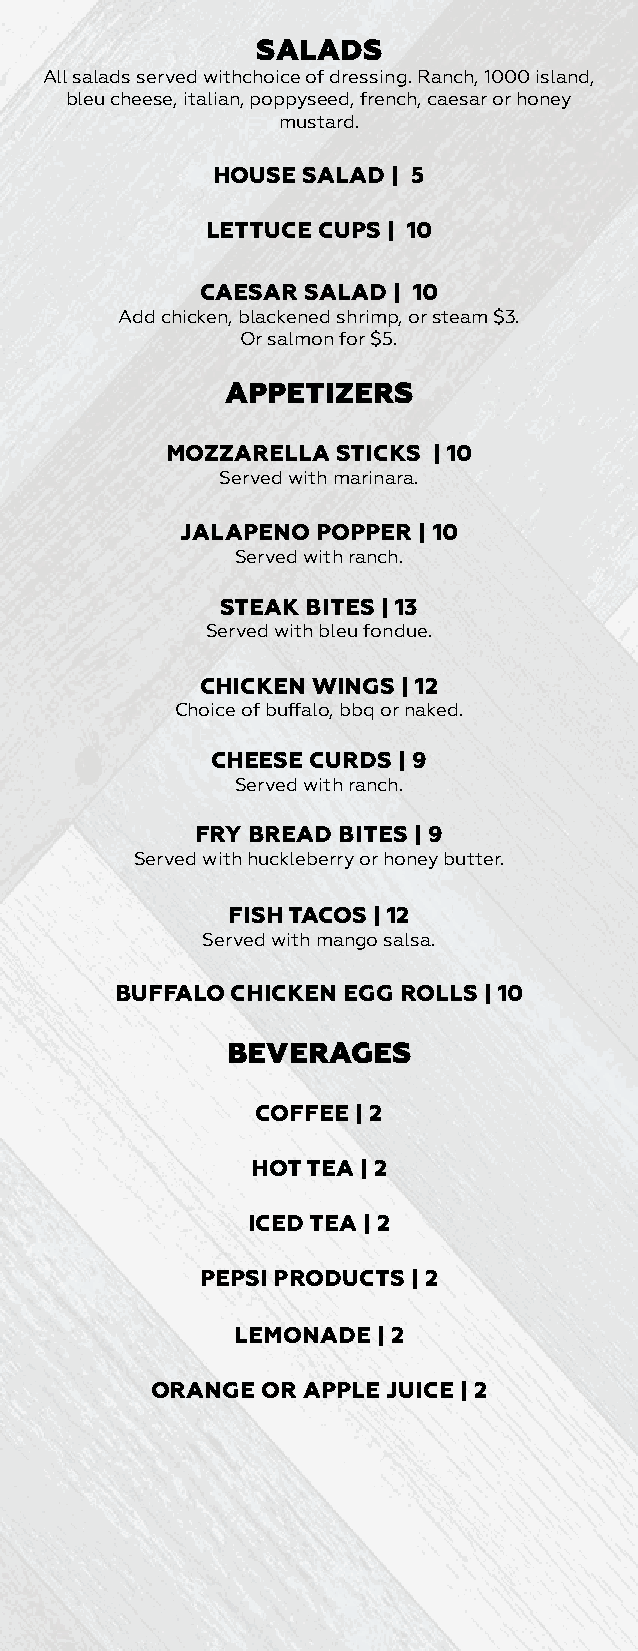
SALADS
 All salads served withchoice of dressing. Ranch, 1000 island,
 bleu cheese, italian, poppyseed, french, caesar or honey
 mustard.
 HOUSE SALAD | 5
 LETTUCE CUPS | 10
 CAESAR SALAD | 10
 Add chicken, blackened shrimp, or steam $3.
 Or salmon for $5.
 APPETIZERS
 MOZZARELLA STICKS | 10
 Served with marinara.
 JALAPENO POPPER | 10
 Served with ranch.
 STEAK BITES | 13
 Served with bleu fondue.
 CHICKEN WINGS | 12
 Choice of buffalo, bbq or naked.
 CHEESE CURDS | 9
 Served with ranch.
 FRY BREAD BITES | 9
 Served with huckleberry or honey butter.
 FISH TACOS | 12
 Served with mango salsa.
 BUFFALO CHICKEN EGG ROLLS | 10
 BEVERAGES
 COFFEE | 2
 HOT TEA | 2
 ICED TEA | 2
 PEPSI PRODUCTS | 2
 LEMONADE  | 2
 ORANGE OR APPLE JUICE | 2